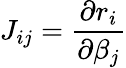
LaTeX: J_{ij}={\frac{\partial r_{i}}{\partial\beta_{j}}}